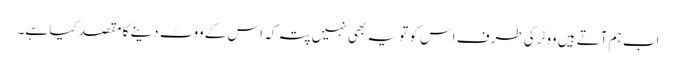
اب ہم آتے ہیں ووٹر کی طرف اس کو تو یہ بھی نہیں پتہ کہ اس کے ووٹ دینے کا مقصد کیا ہے۔